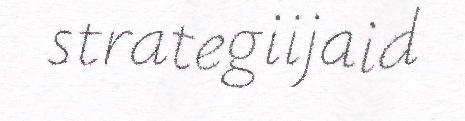
strategiijaid